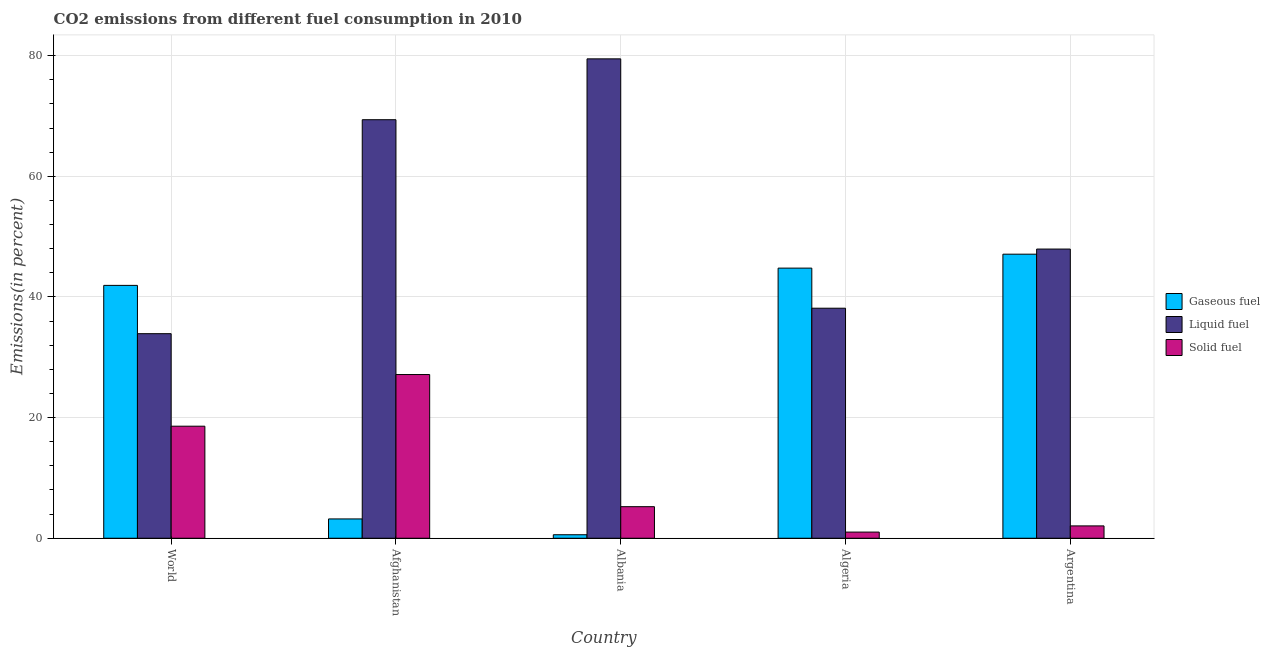
| Country | Gaseous fuel | Liquid fuel | Solid fuel |
 | --- | --- | --- | --- |
 | World | 41.9 | 33.9 | 18.6 |
 | Afghanistan | 3.2 | 69.4 | 27.1 |
 | Albania | 0.581 | 79.5 | 5.23 |
 | Algeria | 44.8 | 38.1 | 1.02 |
 | Argentina | 47.1 | 47.9 | 2.05 |